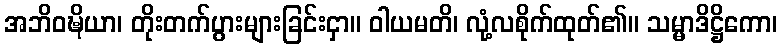
အဘိဝဍ္ဎိယာ၊ တိုးတက်ပွားများခြင်းငှာ။ ဝါယမတိ၊ လုံ့လစိုက်ထုတ်၏။ သမ္မာဒိဋ္ဌိကော၊